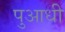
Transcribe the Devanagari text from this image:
पुआधी